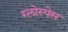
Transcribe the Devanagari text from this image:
ग्लोस्पेस